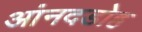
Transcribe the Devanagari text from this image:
आंनदडोह